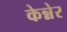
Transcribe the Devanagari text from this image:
केन्नेर